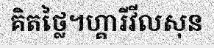
គិតថ្លៃ។ហ្គារីវីលសុន